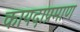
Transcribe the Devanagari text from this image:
कायदाप्रमाण